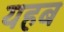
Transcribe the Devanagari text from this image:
यहब